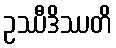
ဥဿီဒိဿတိ